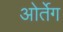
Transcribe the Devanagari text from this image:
ओर्तेग